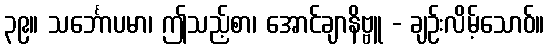
၃၉။ သင်္ဘောပမာ၊ ဤသည့်စာ၊ အောင်ချာနိဗ္ဗူ - ချဉ်းလိမ့်သောဝ်။